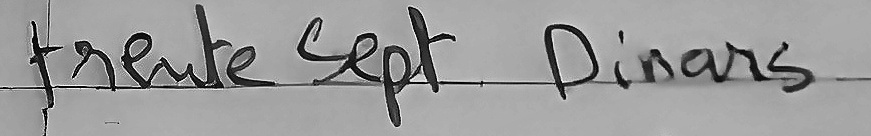
trente Sept Dianrs